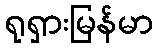
ရုရှားမြန်မာ